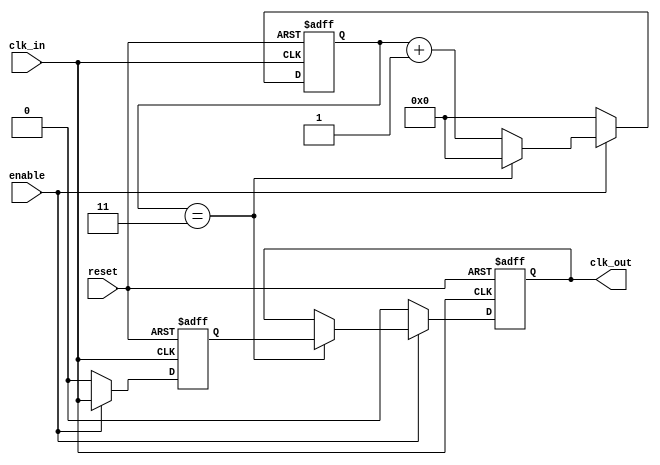
module DelayClockBuffer #(parameter DELAY_CYCLES = 4) (
    input wire clk_in,             // Input clock signal
    input wire enable,             // Optional enable signal
    input wire reset,              // Optional asynchronous reset signal
    output reg clk_out             // Delayed output clock signal
);

    // Internal register to count clock cycles for delay
    reg [DELAY_CYCLES - 1:0] delay_counter;
    reg delayed_clk;

    // Asynchronous reset and delay mechanism
    always @(posedge clk_in or posedge reset) begin
        if (reset) begin
            clk_out <= 1'b0;              // Reset output to 0 on reset
            delay_counter <= 0;
            delayed_clk <= 0;
        end else if (enable) begin
            // Shift the delayed clock signal
            delayed_clk <= clk_in;
            delay_counter <= delay_counter + 1;
            // If we reach the desired delay, output the delayed clock
            if (delay_counter == DELAY_CYCLES - 1) begin
                clk_out <= delayed_clk;   // Output the delayed clock signal
                delay_counter <= 0;        // Reset counter after output
            end
        end else begin
            clk_out <= 1'b0;               // Hold output low if not enabled
            delay_counter <= 0;             // Reset counter if disabled
            delayed_clk <= 0;               // Clear delayed clock
        end
    end

endmodule